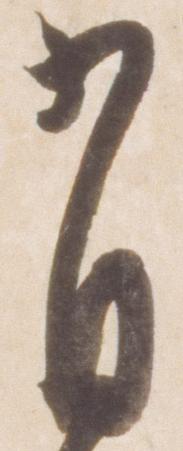
有